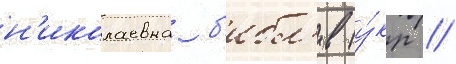
н'иколаевна б'ибл'ив (у́кр //